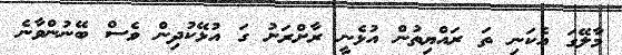
މާލޭގަ އެކަނި ތަ ރައްޔިތުންް އުޅެނީ ރާށްރަށު ގަ އުޅޭކުދިން ވެސް ބޭނުންވާނެ